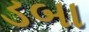
ડબા